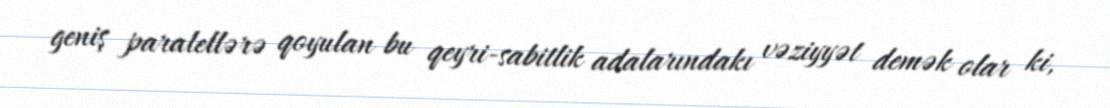
geniş paralellərə qoyulan bu qeyri-sabitlik adalarındakı vəziyyət demək olar ki,